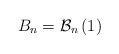
LaTeX: \begin{align*}B_{n}=\mathcal{B}_{n}\left( 1\right) \end{align*}